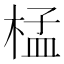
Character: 𣓶